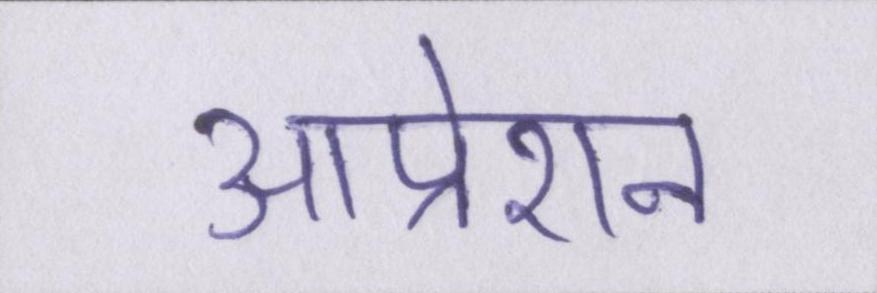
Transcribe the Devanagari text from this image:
आप्रेशन